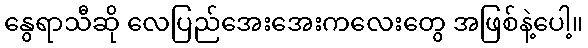
နွေရာသီဆို လေပြည်အေးအေးကလေးတွေ အဖြစ်နဲ့ပေါ့။